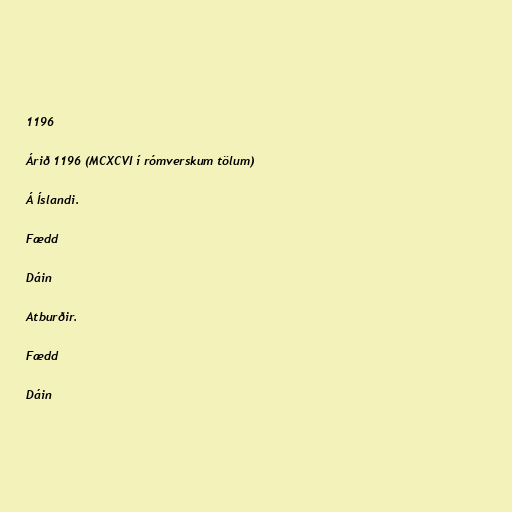
1196

Árið 1196 (MCXCVI í rómverskum tölum)

Á Íslandi.

Fædd

Dáin

Atburðir.

Fædd

Dáin